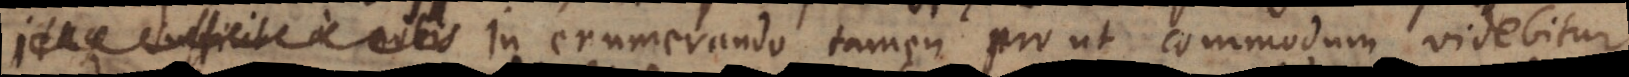
Itaque sufficit a nobis In enumerando tamen prout commodum videbitur